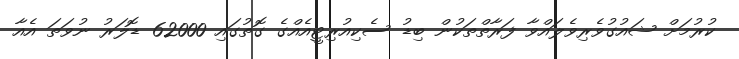
ކުރުމަށް ޝައުގުވެރިވެލައްވާ ފަރާތްތަކުން ބިޑު ސެކިއުރިޓީއެއްގެ ގޮތުގައި 62000 ޑޮލަރު ނުވަތަ އެއާ